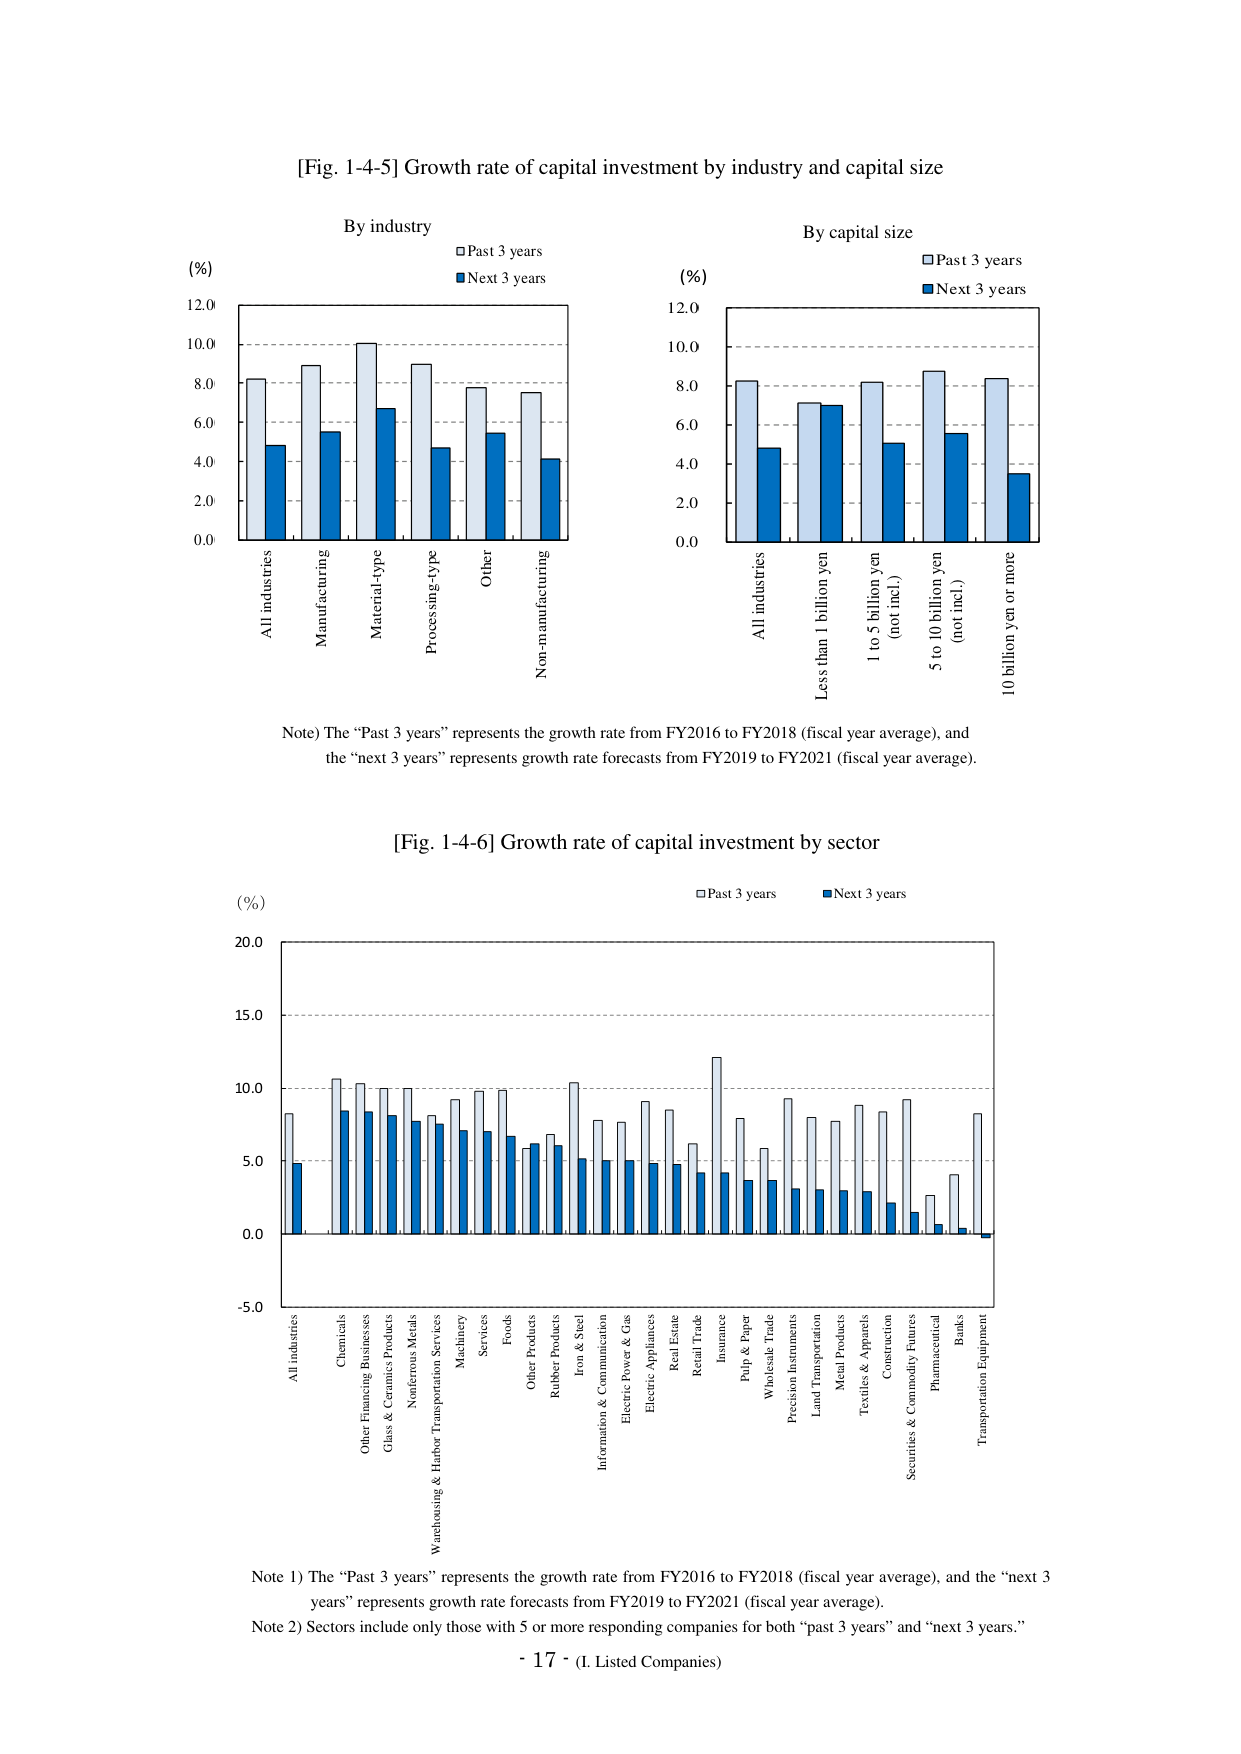
[Fig. 1-4-5] Growth rate of capital investment by industry and capital size

By industry
(%)
□ Past 3 years
■ Next 3 years

All industries
Manufacturing
Material-type
Processing-type
Other
Non-manufacturing

By capital size
(%)
□ Past 3 years
■ Next 3 years

All industries
Less than 1 billion yen
1 to 5 billion yen (not incl.)
5 to 10 billion yen (not incl.)
10 billion yen or more

Note) The “Past 3 years” represents the growth rate from FY2016 to FY2018 (fiscal year average), and the “next 3 years” represents growth rate forecasts from FY2019 to FY2021 (fiscal year average).

[Fig. 1-4-6] Growth rate of capital investment by sector
(%)
□ Past 3 years
■ Next 3 years

All industries
Chemicals
Other Financing Businesses
Glass & Ceramics Products
Nonferrous Metals
Warehousing & Harbor Transportation Services
Machinery
Services
Foods
Other Products
Rubber Products
Iron & Steel
Information & Communication
Electric Power & Gas
Electric Appliances
Real Estate
Retail Trade
Insurance
Pulp & Paper
Wholesale Trade
Precision Instruments
Land Transportation
Metal Products
Textiles & Apparels
Construction
Securities & Commodity Futures
Pharmaceutical
Banks
Transportation Equipment

Note 1) The “Past 3 years” represents the growth rate from FY2016 to FY2018 (fiscal year average), and the “next 3 years” represents growth rate forecasts from FY2019 to FY2021 (fiscal year average).
Note 2) Sectors include only those with 5 or more responding companies for both “past 3 years” and “next 3 years.”

- 17 - (I. Listed Companies)